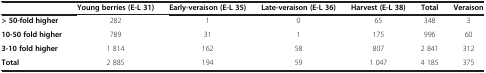
|  | Young berries (E-L 31) | Early-veraison (E-L 35) | Late-veraison (E-L 36) | Harvest (E-L 38) | Total | Veraison |
 | --- | --- | --- | --- | --- | --- | --- |
 | > 50-fold higher | 282 | 1 | 0 | 65 | 348 | 3 |
 | 10-50 fold higher | 789 | 31 | 1 | 175 | 996 | 60 |
 | 3-10 fold higher | 1 814 | 162 | 58 | 807 | 2 841 | 312 |
 | Total | 2 885 | 194 | 59 | 1 047 | 4 185 | 375 |